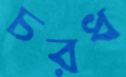
চরধ